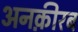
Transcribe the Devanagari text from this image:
अनक़ीरब